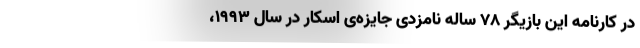
در کارنامه این بازیگر ۷۸ ساله نامزدی جایزه‌ی اسکار در سال ۱۹۹۳،‌